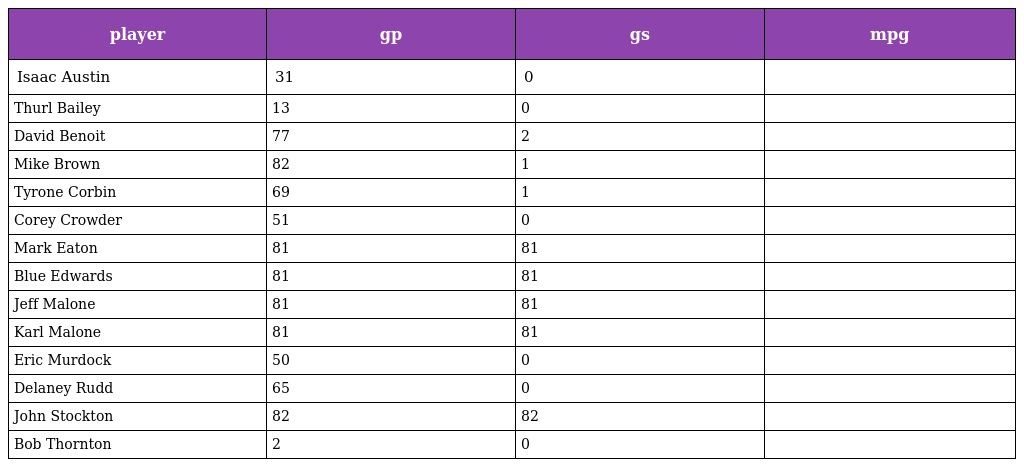
| player | gp | gs | mpg |
 | --- | --- | --- | --- |
 | Isaac Austin | 31 | 0 |  |
 | Thurl Bailey | 13 | 0 |  |
 | David Benoit | 77 | 2 |  |
 | Mike Brown | 82 | 1 |  |
 | Tyrone Corbin | 69 | 1 |  |
 | Corey Crowder | 51 | 0 |  |
 | Mark Eaton | 81 | 81 |  |
 | Blue Edwards | 81 | 81 |  |
 | Jeff Malone | 81 | 81 |  |
 | Karl Malone | 81 | 81 |  |
 | Eric Murdock | 50 | 0 |  |
 | Delaney Rudd | 65 | 0 |  |
 | John Stockton | 82 | 82 |  |
 | Bob Thornton | 2 | 0 |  |